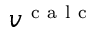
v ^ { \mathrm { ~ c ~ a ~ l ~ c ~ } }